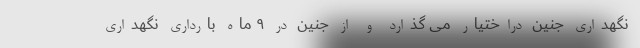
نگهداری جنین دراختیار می گذارد و از جنین در ۹ ماه بارداری نگهداری